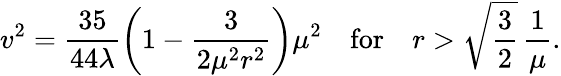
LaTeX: v^{2}=\frac{35}{44\lambda}\left(1-\frac{3}{2\mu^{2}r^{2}}\right)\mu^{2}\quad\mathrm{for}\quad r>\sqrt{\frac{3}{2}}\, \frac{1}{\mu}.